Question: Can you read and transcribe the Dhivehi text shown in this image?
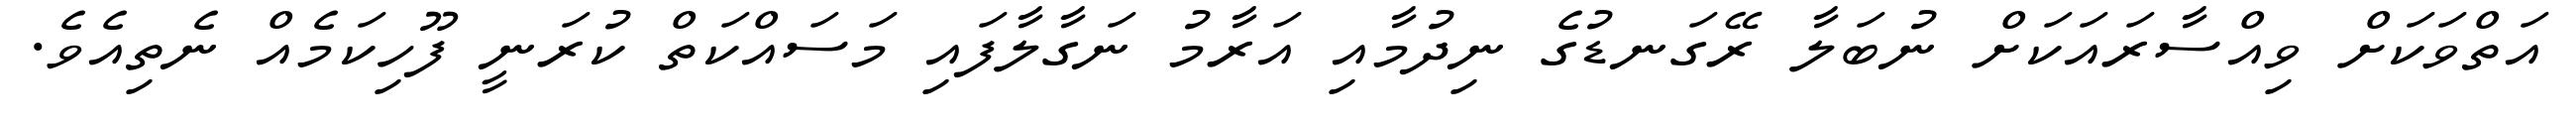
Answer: އަތްވަކަށް ވިއްސާރައަކަށް ނުބަލާ ރޭގަނޑުގެ ނިދުމާއި އަރާމު ނަގާލާފައި މަސައްކަތް ކުރަނީ ފޫހިކަމެއް ނެތިއެވެ.